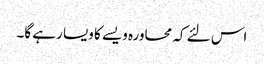
اس لئے کہ محاورہ ویسے کا ویسا رہے گا۔